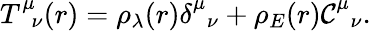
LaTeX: \begin{array}{r}{T_{\, \, \, \nu}^{\mu}(r)=\rho_{\lambda}(r)\delta_{\, \, \, \nu}^{\mu}+\rho_{E}(r){\cal C}_{\, \, \, \nu}^{\mu}.}\end{array}